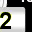
Digit: 2